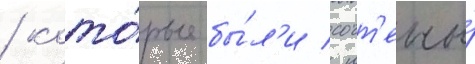
/ кото́рые бы́л'и сочт'ены́